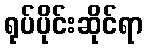
ရုပ်ပိုင်းဆိုင်ရာ